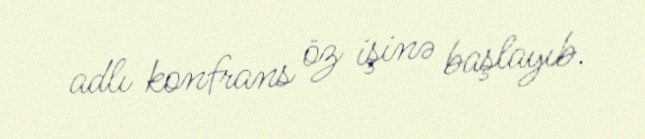
adlı konfrans öz işinə başlayıb.